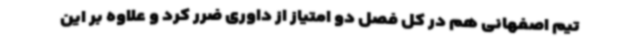
تیم اصفهانی هم در کل فصل دو امتیاز از داوری ضرر کرد و علاوه بر این